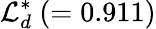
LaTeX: {\cal L}_{d}^{*}~(=0.911)